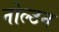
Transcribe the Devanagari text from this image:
नोल्टन